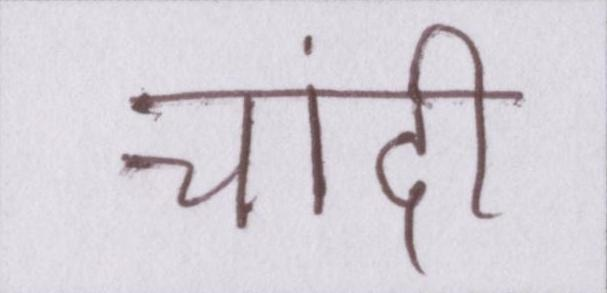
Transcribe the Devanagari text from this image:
चांदी